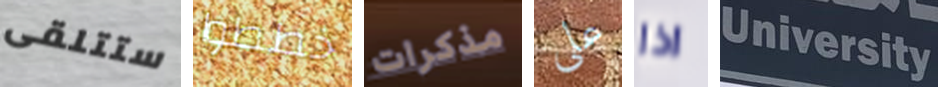
ستتلقى خططوا مذكرات على اذا University